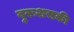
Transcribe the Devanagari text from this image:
बुरूशसकी